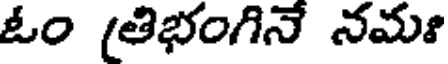
ఓం (తిభంగినే నమః